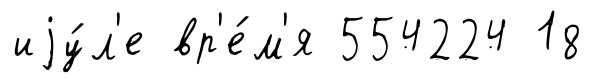
иjу́л'е вр'е́м'я 554224 18